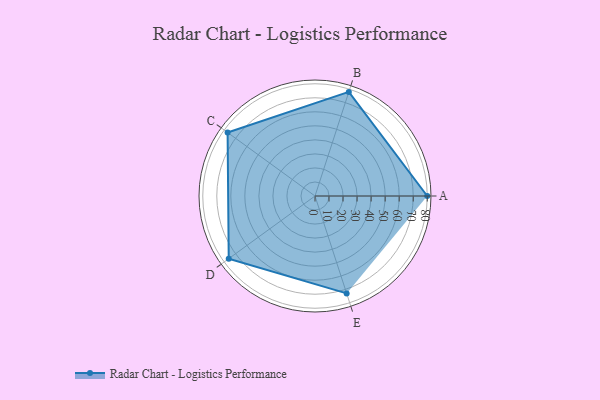
{"axis": {"x": "Skill", "y": "Score"}, "legend": ["Profile"], "data": [{"x": "A", "y": 80.0, "type": "Profile"}, {"x": "B", "y": 78.0, "type": "Profile"}, {"x": "C", "y": 77.0, "type": "Profile"}, {"x": "D", "y": 76.0, "type": "Profile"}, {"x": "E", "y": 73.0, "type": "Profile"}]}